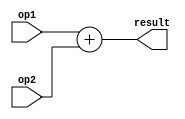
module Adder(input[31:0] op1,
input[31:0] op2,
output[31:0] result);
assign result = op1 + op2;
endmodule